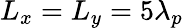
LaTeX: L_{x}=L_{y}=5\lambda_{p}